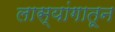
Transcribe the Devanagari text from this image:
लास्यांगातून